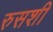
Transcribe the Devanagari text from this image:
रुसशी